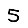
Digit: 5